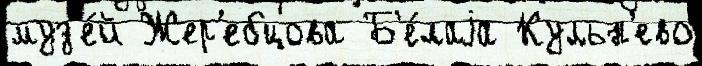
муз'е́й Жер'ебцова Б'е́лаjа Кульн'ево